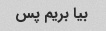
بیا بریم پس